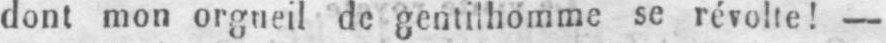
dont mon orgueil de gentilhomme se révolte! -